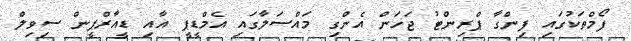
ފޯމްތަކުގައި ފިންގާ ޕްރިންޓު ޖަހަން އެންގި މައްސަލާގައި އެމްޑީޕީ އާއި ޑީއާރްޕީން ސިވިލް